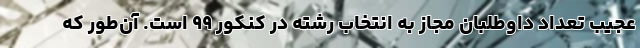
عجیب تعداد داوطلبان مجاز به انتخاب رشته در کنکور ۹۹ است. آن‌طور که